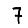
Digit: 7